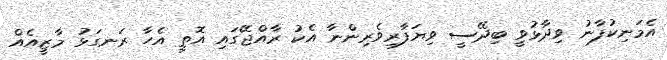
އެމަނިކުފާނު ވިދާޅުވީ ބިދޭސީ ވިޔަފާރިވެރިންނާ އެކު ރާއްޖޭގައި އޮތީ އެހާ ރަނގަޅު މާޒީއެއް